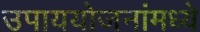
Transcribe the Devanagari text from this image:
उपाययोजनांमध्ये